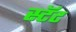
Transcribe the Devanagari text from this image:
स्टॅट